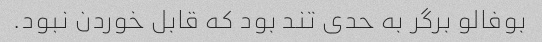
بوفالو برگر به حدی تند بود که قابل خوردن نبود. ‌